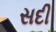
સદી